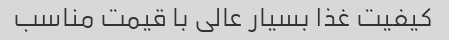
کیفیت غذا بسیار عالی با قیمت مناسب